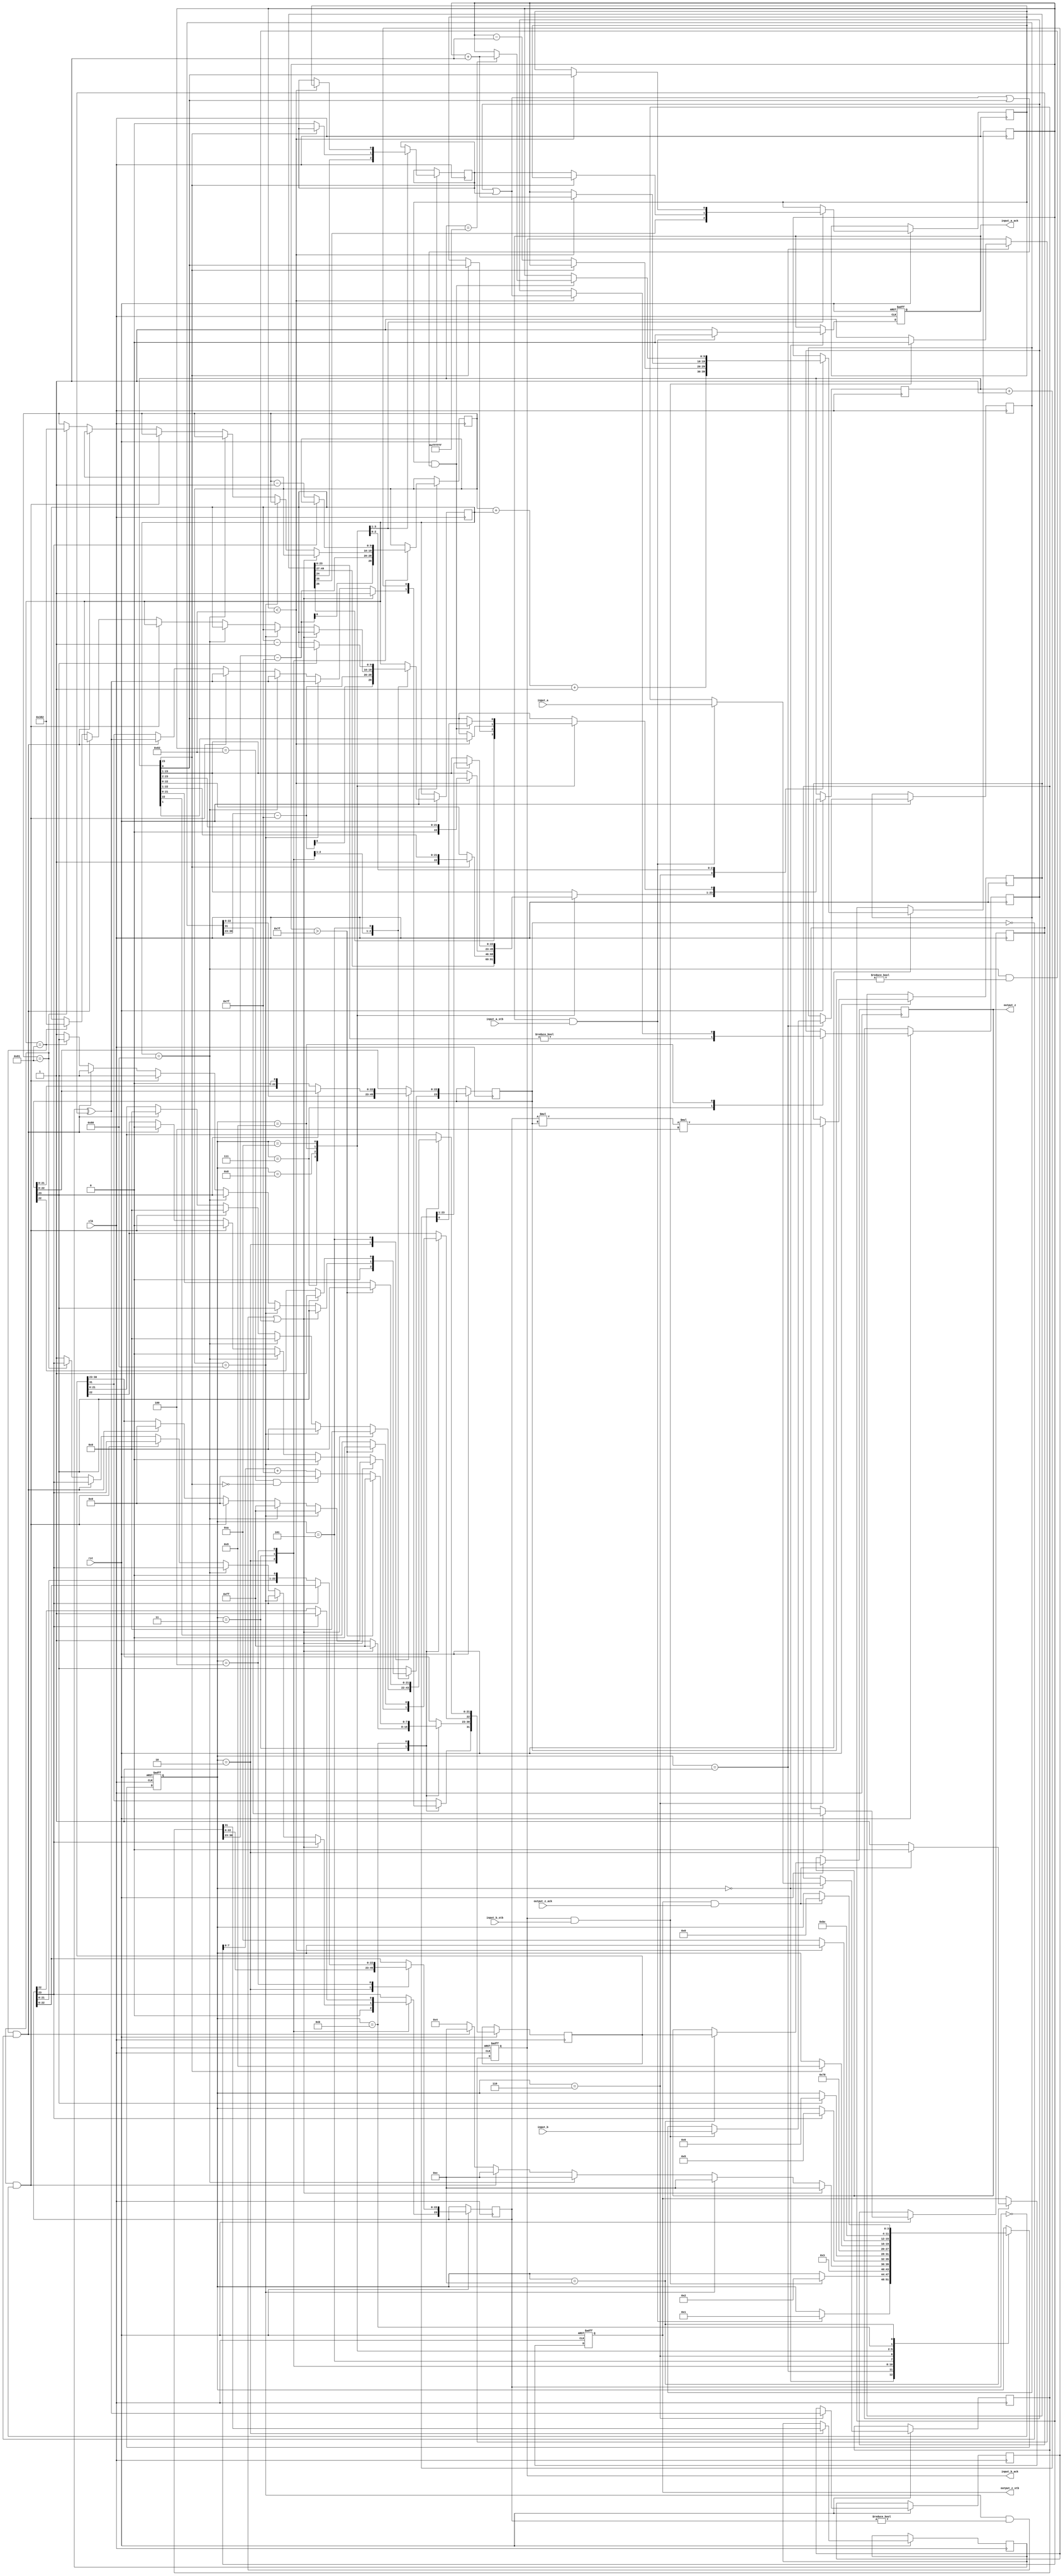
//IEEE Floating Point Multiplier (Single Precision)
//Copyright (C) Jonathan P Dawson 2013
//2013-12-12
module multiplier(
        input_a,
        input_b,
        input_a_stb,
        input_b_stb,
        output_z_ack,
        clk,
        rst,
        output_z,
        output_z_stb,
        input_a_ack,
        input_b_ack);

  input     clk;
  input     rst;

  input     [31:0] input_a;
  input     input_a_stb;
  output    input_a_ack;

  input     [31:0] input_b;
  input     input_b_stb;
  output    input_b_ack;

  output    [31:0] output_z;
  output    output_z_stb;
  input     output_z_ack;

  reg       s_output_z_stb;
  reg       [31:0] s_output_z;
  reg       s_input_a_ack;
  reg       s_input_b_ack;

  reg       [3:0] state;
  parameter get_a         = 4'd0,
            get_b         = 4'd1,
            unpack        = 4'd2,
            special_cases = 4'd3,
            normalise_a   = 4'd4,
            normalise_b   = 4'd5,
            multiply_0    = 4'd6,
            multiply_1    = 4'd7,
            normalise_1   = 4'd8,
            normalise_2   = 4'd9,
            round         = 4'd10,
            pack          = 4'd11,
            put_z         = 4'd12;

  reg       [31:0] a, b, z;
  reg       [23:0] a_m, b_m, z_m;
  reg       [9:0] a_e, b_e, z_e;
  reg       a_s, b_s, z_s;
  reg       guard, round_bit, sticky;
  reg       [49:0] product;

  always @(posedge clk or negedge rst)
  begin
    if (rst == 1'b0) begin
      state <= get_a;
      s_input_a_ack <= 0;
      s_input_b_ack <= 0;
      s_output_z_stb <= 0;
    end
	 else
	 begin
		case(state)
	
			get_a:
			begin
			s_input_a_ack <= 1;
			if (s_input_a_ack && input_a_stb) begin
				a <= input_a;
				s_input_a_ack <= 0;
				state <= get_b;
			end
			end
	
			get_b:
			begin
			s_input_b_ack <= 1;
			if (s_input_b_ack && input_b_stb) begin
				b <= input_b;
				s_input_b_ack <= 0;
				state <= unpack;
			end
			end
	
			unpack:
			begin
			a_m <= a[22 : 0];
			b_m <= b[22 : 0];
			a_e <= a[30 : 23] - 127;
			b_e <= b[30 : 23] - 127;
			a_s <= a[31];
			b_s <= b[31];
			state <= special_cases;
			end
	
			special_cases:
			begin
			//if a is NaN or b is NaN return NaN 
			if ((a_e == 128 && a_m != 0) || (b_e == 128 && b_m != 0)) begin
				z[31] <= 1;
				z[30:23] <= 255;
				z[22] <= 1;
				z[21:0] <= 0;
				state <= put_z;
			//if a is inf return inf
			end else if (a_e == 128) begin
				z[31] <= a_s ^ b_s;
				z[30:23] <= 255;
				z[22:0] <= 0;
				state <= put_z;
				//if b is zero return NaN
				if ($signed(b_e == -127) && (b_m == 0)) begin
					z[31] <= 1;
					z[30:23] <= 255;
					z[22] <= 1;
					z[21:0] <= 0;
					state <= put_z;
				end
			//if b is inf return inf
			end else if (b_e == 128) begin
				z[31] <= a_s ^ b_s;
				z[30:23] <= 255;
				z[22:0] <= 0;
				state <= put_z;
			//if a is zero return zero
			end else if (($signed(a_e) == -127) && (a_m == 0)) begin
				z[31] <= a_s ^ b_s;
				z[30:23] <= 0;
				z[22:0] <= 0;
				state <= put_z;
			//if b is zero return zero
			end else if (($signed(b_e) == -127) && (b_m == 0)) begin
				z[31] <= a_s ^ b_s;
				z[30:23] <= 0;
				z[22:0] <= 0;
				state <= put_z;
			end else begin
				//Denormalised Number
				if ($signed(a_e) == -127) begin
					a_e <= -126;
				end else begin
					a_m[23] <= 1;
				end
				//Denormalised Number
				if ($signed(b_e) == -127) begin
					b_e <= -126;
				end else begin
					b_m[23] <= 1;
				end
				state <= normalise_a;
			end
			end
	
			normalise_a:
			begin
			if (a_m[23]) begin
				state <= normalise_b;
			end else begin
				a_m <= a_m << 1;
				a_e <= a_e - 1;
			end
			end
	
			normalise_b:
			begin
			if (b_m[23]) begin
				state <= multiply_0;
			end else begin
				b_m <= b_m << 1;
				b_e <= b_e - 1;
			end
			end
	
			multiply_0:
			begin
			z_s <= a_s ^ b_s;
			z_e <= a_e + b_e + 1;
			product <= a_m * b_m * 4;
			state <= multiply_1;
			end
	
			multiply_1:
			begin
			z_m <= product[49:26];
			guard <= product[25];
			round_bit <= product[24];
			sticky <= (product[23:0] != 0);
			state <= normalise_1;
			end
	
			normalise_1:
			begin
			if (z_m[23] == 0) begin
				z_e <= z_e - 1;
				z_m <= z_m << 1;
				z_m[0] <= guard;
				guard <= round_bit;
				round_bit <= 0;
			end else begin
				state <= normalise_2;
			end
			end
	
			normalise_2:
			begin
			if ($signed(z_e) < -126) begin
				z_e <= z_e + 1;
				z_m <= z_m >> 1;
				guard <= z_m[0];
				round_bit <= guard;
				sticky <= sticky | round_bit;
			end else begin
				state <= round;
			end
			end
	
			round:
			begin
			if (guard && (round_bit | sticky | z_m[0])) begin
				z_m <= z_m + 1;
				if (z_m == 24'hffffff) begin
					z_e <=z_e + 1;
				end
			end
			state <= pack;
			end
	
			pack:
			begin
			z[22 : 0] <= z_m[22:0];
			z[30 : 23] <= z_e[7:0] + 127;
			z[31] <= z_s;
			if ($signed(z_e) == -126 && z_m[23] == 0) begin
				z[30 : 23] <= 0;
			end
			//if overflow occurs, return inf
			if ($signed(z_e) > 127) begin
				z[22 : 0] <= 0;
				z[30 : 23] <= 255;
				z[31] <= z_s;
			end
			state <= put_z;
			end
	
			put_z:
			begin
			s_output_z_stb <= 1;
			s_output_z <= z;
			if (s_output_z_stb && output_z_ack) begin
				s_output_z_stb <= 0;
				state <= get_a;
			end
			end
	
		endcase
	 end



  end
  assign input_a_ack = s_input_a_ack;
  assign input_b_ack = s_input_b_ack;
  assign output_z_stb = s_output_z_stb;
  assign output_z = s_output_z;

endmodule